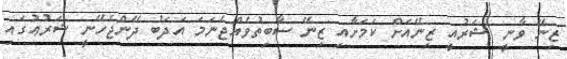
ޒިނޭ ވާނީ ޝަރުއީ ޒިނޭއަށް ކަމަށާއި ޒިނޭ ސާބިތުވެއްޖެނަމަ އަދަބު ދޭންޖެހޭނީ ޝަރުޢުގައި